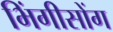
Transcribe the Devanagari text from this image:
भिंगीसोंग